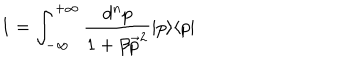
LaTeX: 1 = { \int _ { - \infty } ^ { + \infty } \frac { d ^ { n } p } { 1 + \beta \vec { p } ^ { 2 } } } \vert p \rangle \langle p \vert